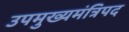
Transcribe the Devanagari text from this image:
उपमुख्यमंत्रिपद